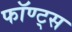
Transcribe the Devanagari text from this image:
फॉण्ट्स